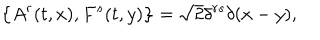
\big \{ A ^ { r } ( t , x ) , F ^ { s } ( t , y ) \big \} = \sqrt 2 \delta ^ { r s } \delta ( x - y ) ,